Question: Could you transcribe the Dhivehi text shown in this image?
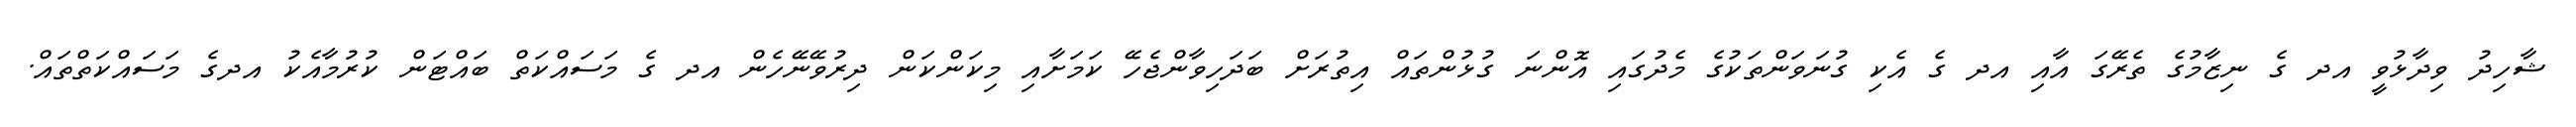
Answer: ޝާހިދު ވިދާޅުވީ އދ ގެ ނިޒާމުގެ ތެރޭގަ އާއި އދ ގެ އެކި ގުނަވަންތަކުގެ މެދުގައި އޮންނަ ގުޅުންތައް އިތުރަށް ބަދަހިވާންޖެހޭ ކަމަށާއި މިކަންކަން ދިރުވޭނޭހެން އދ ގެ މަސައްކަތް ބައްޓަން ކުރުމާއެކު އދގެ މަސައްކަތްތައް.